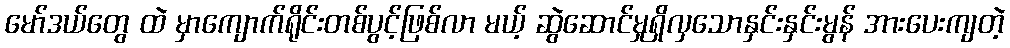
မော်ဒယ်တွေ ထဲ မှာကျောက်ရိုင်းတစ်ပွင့်ဖြစ်လာ မယ့် ဆွဲဆောင်မှုရှိလှသောနှင်းနှင်းမွန် အားပေးကျတဲ့